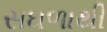
સઘળાથી